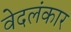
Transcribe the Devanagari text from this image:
वेदलंकार